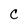
Character: C